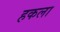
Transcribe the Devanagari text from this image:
हकला